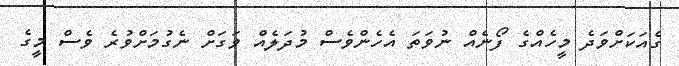
ގެއަކަށްވަދެ މީހެއްގެ ފޯނެއް ނުވަތަ އެހެންވެސް މުދަލެއް ވަގަށް ނެގުމަށްވުރެ ވެސް މީގެ